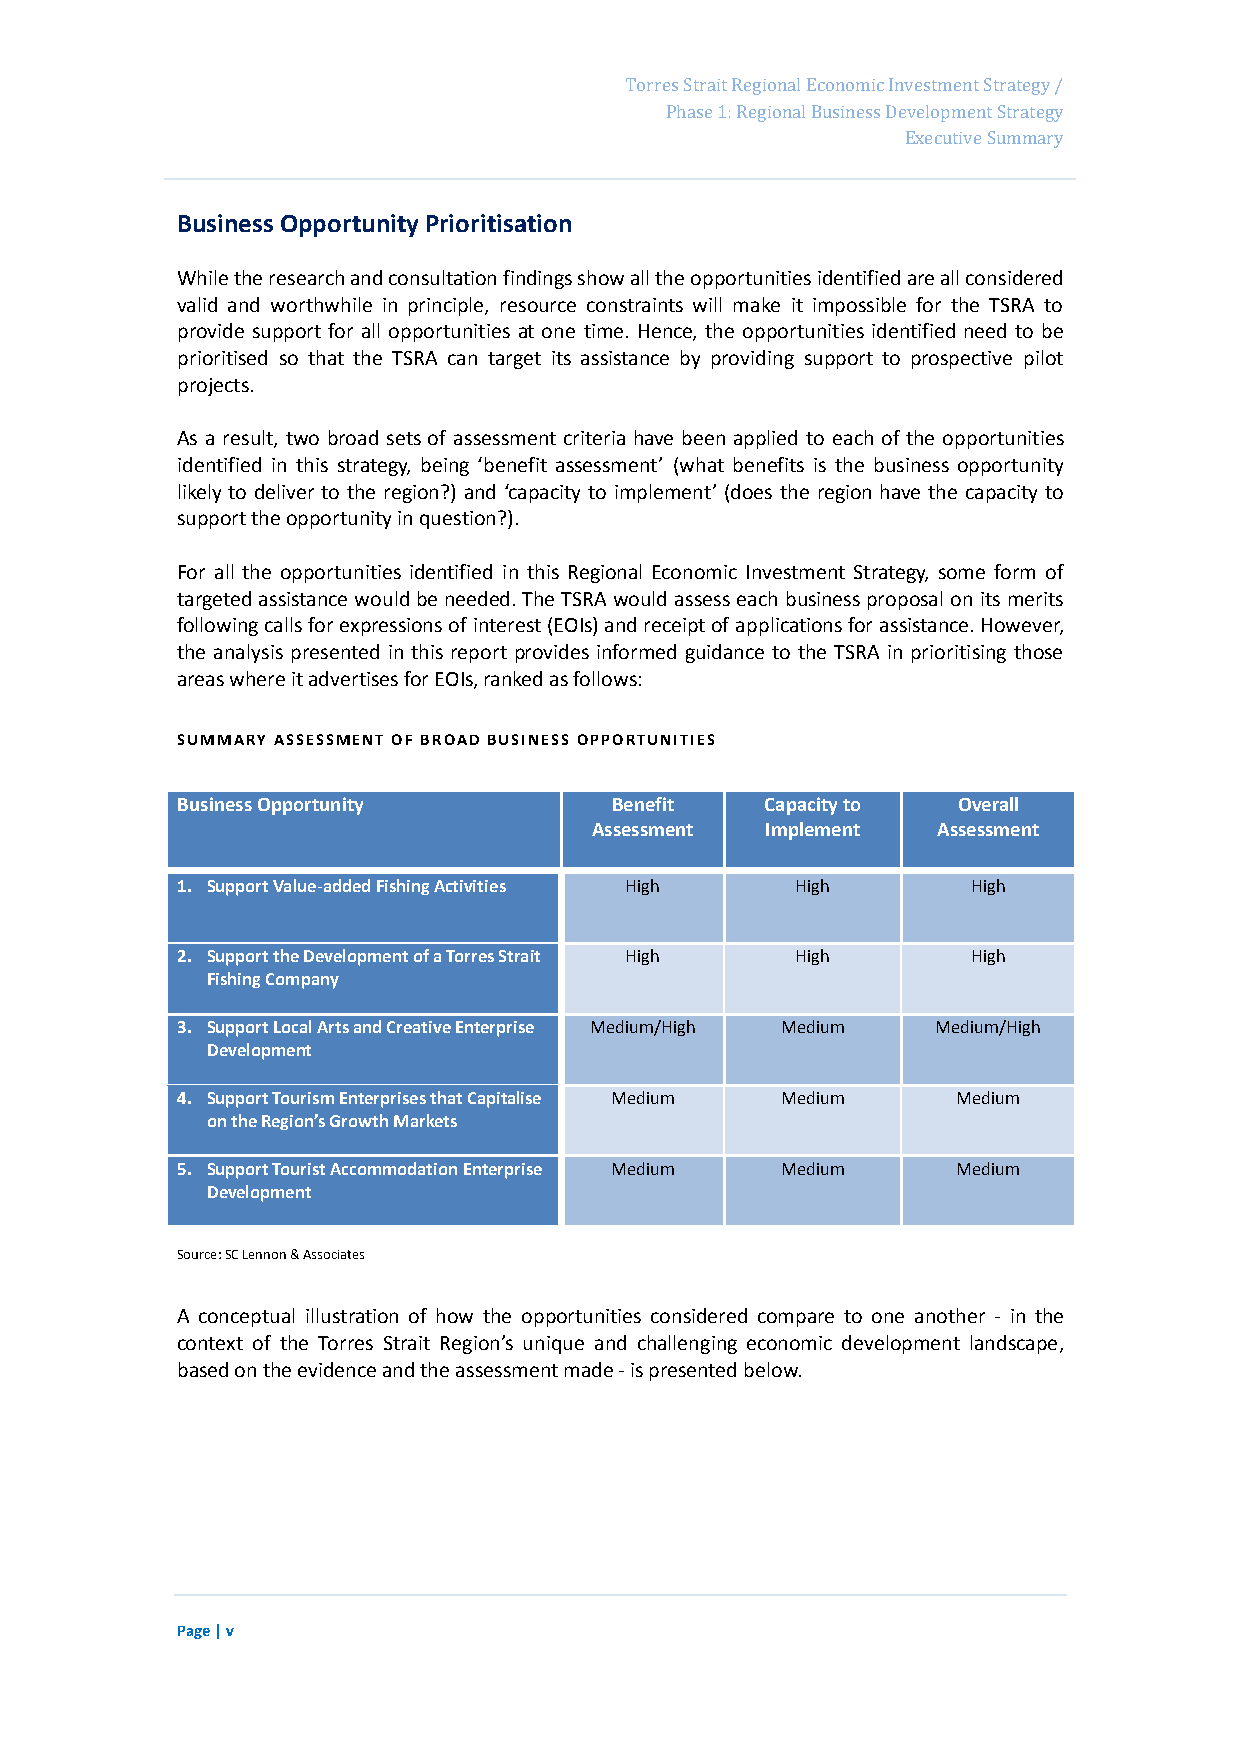
Page 11
 Torres Strait Regional Economic Investment Strategy /
 Phase 1: Regional Business Development Strategy
 Executive Summary
 Business Opportunity Prioritisation
 While the research and consultation findings show all the opportunities identified are all considered
 valid and worthwhile in principle, resource constraints will make it impossible for the TSRA to
 provide support for all opportunities at one time. Hence, the opportunities identified need to be
 prioritised so that the TSRA can target its assistance by providing support to prospective pilot
 projects.
 As a result, two broad sets of assessment criteria have been applied to each of the opportunities
 identified in this strategy, being ‘benefit assessment’ (what benefits is the business opportunity
 likely to deliver to the region?) and ‘capacity to implement’ (does the region have the capacity to
 support the opportunity in question?).
 For all the opportunities identified in this Regional Economic Investment Strategy, some form of
 targeted assistance would be needed. The TSRA would assess each business proposal on its merits
 following calls for expressions of interest (EOIs) and receipt of applications for assistance. However,
 the analysis presented in this report provides informed guidance to the TSRA in prioritising those
 areas where it advertises for EOIs, ranked as follows:
 SUMMARY ASSESSMENT OF BROAD BUSINESS OPPORTUNITIES
 Business Opportunity        Benefit    Capacity to Overall
 Assessment  Implement  Assessment
 1. Support Value-added Fishing Activities High High High
 2. Support the Development of a Torres Strait High High High
 Fishing Company
 3. Support Local Arts and Creative Enterprise Medium/High Medium Medium/High
 Development
 4. Support Tourism Enterprises that Capitalise Medium Medium Medium
 on the Region’s Growth Markets
 5. Support Tourist Accommodation Enterprise Medium Medium Medium
 Development
 Source: SC Lennon & Associates
 A conceptual illustration of how the opportunities considered compare to one another - in the
 context of the Torres Strait Region’s unique and challenging economic development landscape,
 based on the evidence and the assessment made - is presented below.
 Page | v